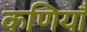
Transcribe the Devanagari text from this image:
कणियाँ